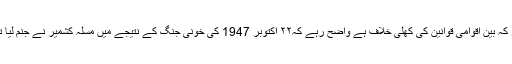
جو کہ بین اقوامی قوانین کی کھلی خلاف ہے واضح رہے کہ۲۲ اکتوبر 1947 کی خونی جنگ کے نتیجے میں مسلہ کشمیر نے جنم لیا تھا۔